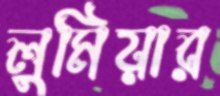
লুমিয়ার